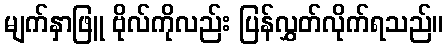
မျက်နှာဖြူ ဗိုလ်ကိုလည်း ပြန်လွှတ်လိုက်ရသည်။